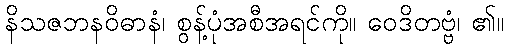
နိသဇဘနဝိဓာနံ၊ စွန့်ပုံအစီအရင်ကို။ ဝေဒိတဗ္ဗံ၊ ၏။